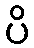
ပိ